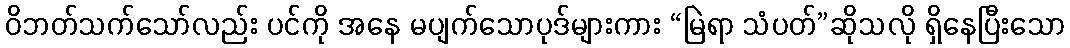
ဝိဘတ်သက်သော်လည်း ပင်ကို အနေ မပျက်သောပုဒ်များကား “မြဲရာ သံပတ်”ဆိုသလို ရှိနေပြီးသော